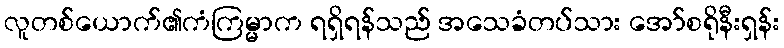
လူတစ်ယောက်၏ကံကြမ္မာက ရရှိရန်သည် အသေခံတပ်သား အော်စရိုနီးရှန်း